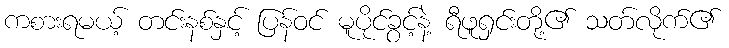
ကစားရမယ့် တင်းနစ်နှင့် ပြန်ဝင် မူပိုင်ခွင့်နဲ့ ရီဖူရှင်းတို့၏ သတ်လိုက်၏